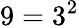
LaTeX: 9=3^{2}